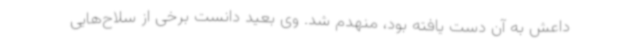
داعش به آن دست یافته بود، منهدم شد. وی بعید دانست برخی از سلاح‌هایی